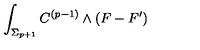
\int _ { \Sigma _ { p + 1 } } C ^ { ( p - 1 ) } \wedge ( F - F ^ { \prime } )